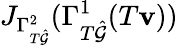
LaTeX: J_{\Gamma_{T\hat{\mathcal{G}}}^{2}}(\Gamma_{T\hat{\mathcal{G}}}^{1}(T\mathbf{v}))